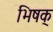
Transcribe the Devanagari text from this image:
भिषक्